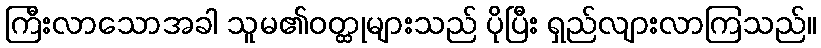
ကြီးလာသောအခါ သူမ၏ဝတ္ထုများသည် ပိုပြီး ရှည်လျားလာကြသည်။